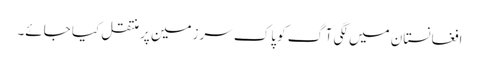
افغانستان میں لگی آگ کو پاک سرزمین پر منتقل کیا جائے۔